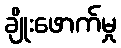
ချိုးဖောက်မှု